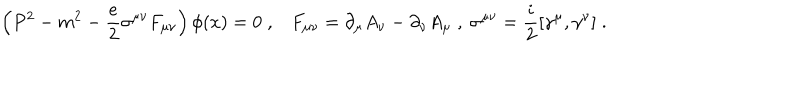
\left( P ^ { 2 } - m ^ { 2 } - \frac { e } { 2 } \sigma ^ { \mu \nu } F _ { \mu \nu } \right) \phi ( x ) = 0 \; , F _ { \mu \nu } = \partial _ { \mu } A _ { \nu } - \partial _ { \nu } A _ { \mu } \; , \; \sigma ^ { \mu \nu } = \frac { i } { 2 } [ \gamma ^ { \mu } , \gamma ^ { \nu } ] \; .